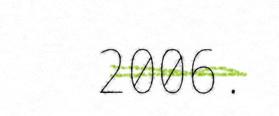
2006.